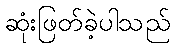
ဆုံးဖြတ်ခဲ့ပါသည်